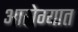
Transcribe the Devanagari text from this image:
आरोग्यात